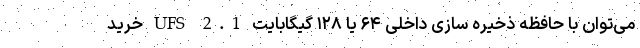
می‌توان با حافظه‌ ذخیره‌ سازی داخلی ۶۴ یا ۱۲۸ گیگابایت UFS 2.1 خرید